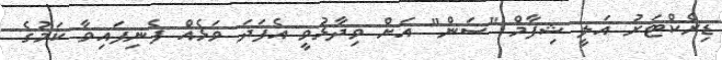
ޑިރެކްޓަރު އަލީ ޝިފާމް "ސަން" އަށް ވިދާޅުވީ އެފަދަ ވަޅެއް ފެނިފައިވާ ކަމުގެ